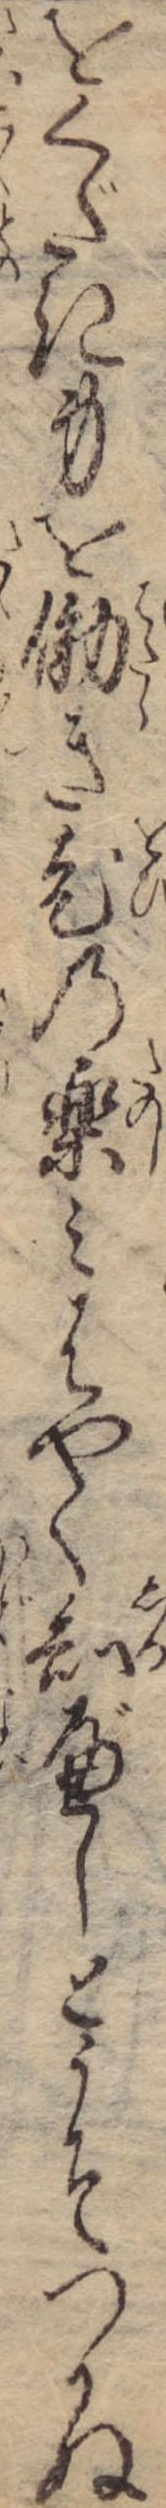
をくだき身を働き老の楽みはやく知べしとうそつかぬ